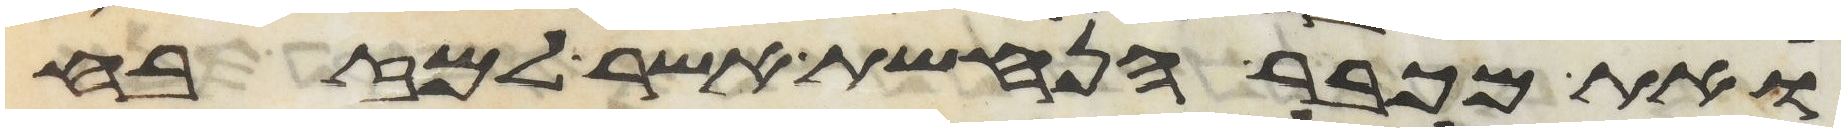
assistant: ואת מכבר הנחשת אשר למזבח